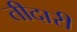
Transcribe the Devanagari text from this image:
तीदारी